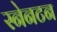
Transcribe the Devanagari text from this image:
स्नेनटन